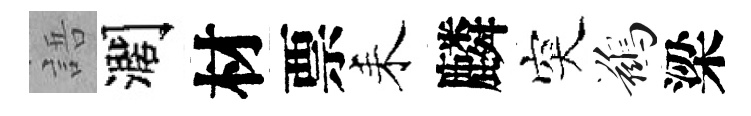
語濶材票耒麟突鷀梁